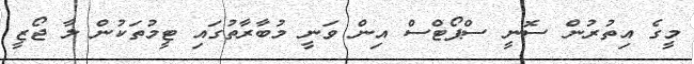
މީގެ އިތުރުން ސޮނީ ސްޕޯޓްސް އިން ވަނީ މުބާރާތުގައި ޓީމުތަކުން ލާ ޖޯޒީ